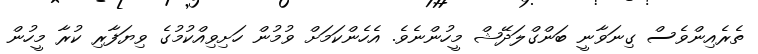
ތެރެއިންވެސް ގިނަވާނީ ބަންގްލަދޭޝް މީހުންނެވެ. އެހެންކަމަށް ވުމުން ހަށިވިއްކުމުގެ ވިޔަފާރި ކުރާ މީހުން